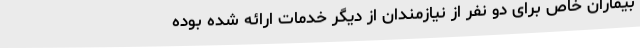
بیماران خاص برای دو نفر از نیازمندان از دیگر خدمات ارائه شده بوده